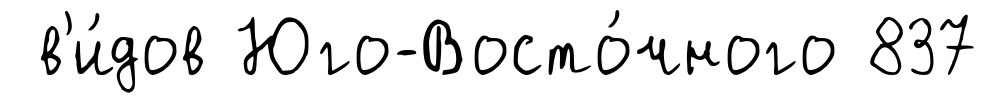
в'и́дов Юго-Восто́чного 837